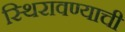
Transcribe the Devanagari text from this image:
स्थिरावण्याची